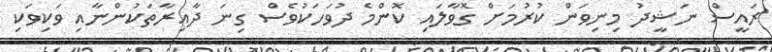
ރައީސް ނަޝީދު މިނިވަން ކުރުމަށް ގޮވާލައި ކޮންމެ ދުވަހަކުވެސް ގިނަ ދާއިރާތަކުންނާއި ވަކިވަކި